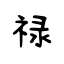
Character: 禄